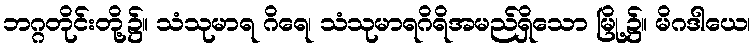
ဘဂ္ဂတိုင်းတို့၌။ သံသုမာရ ဂိရေ၊ သံသုမာရဂိရိအမည်ရှိသော မြို့၌။ မိဂဒါယေ၊